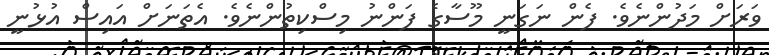
ވަރަށް މަދުންނެވެ. ފެން ނަގަނީ މޫސާގެ ފަންނު މިސްކިތުންނެވެ. އެތަނަށް އައިސް އުޅުނީ